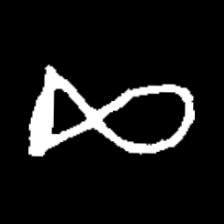
Pyu character \u2014 Myanmar letter: ဆ (romanized: cha)